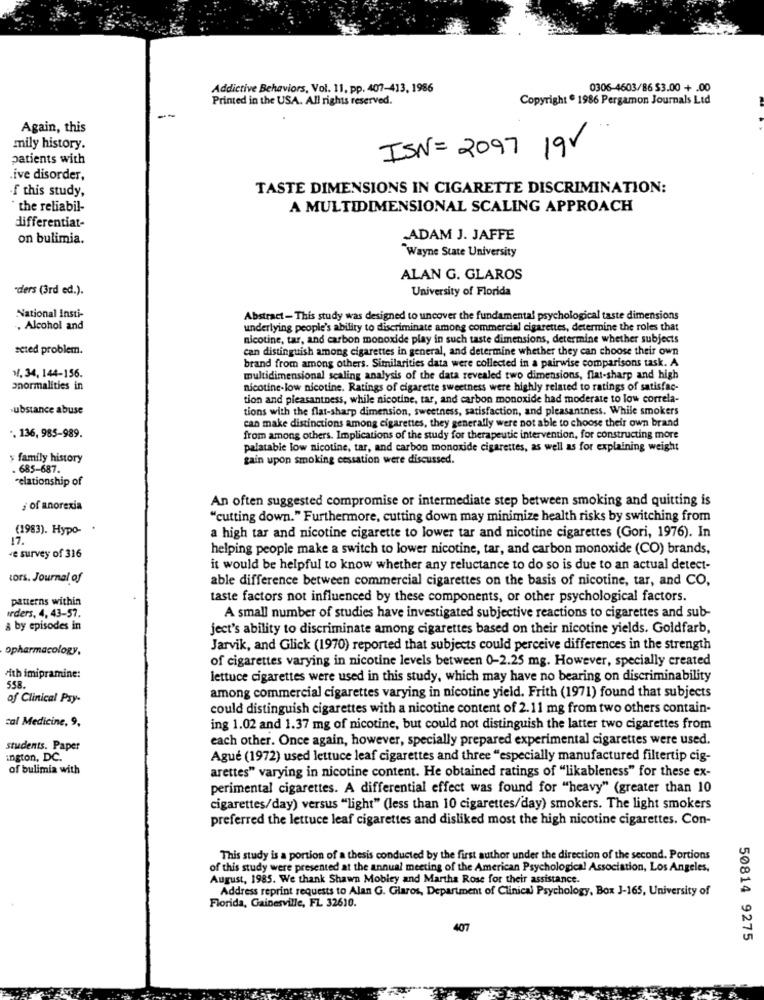
Addictive Behaviors, Vol. 11, pp. 407-413, 1986
0306-4603/86 $3.00 + .00
Printed in the USA. All rights reserved.
Copyright . 1986 Pergamon Journals Ltd
Again, this
mily history.
ISN= 2097 19V
patients with
.ive disorder,
-f this study,
TASTE DIMENSIONS IN CIGARETTE DISCRIMINATION:
the reliabil-
A MULTIDIMENSIONAL SCALING APPROACH
differentiat-
on bulimia.
ADAM J. JAFFE
Wayne State University
ALAN G. GLAROS
"ders (3rd ed.).
University of Florida
National Insti-
Abstract - This study was designed to uncover the fundamental psychological taste dimensions
. Alcohol and
underlying people's ability to discriminate among commercial cigarettes, determine the roles that
nicotine, tar, and carbon monoxide play in such taste dimensions, determine whether subjects
seted problem.
can distinguish among cigarettes in general, and determine whether they can choose their own
brand from among others. Similarities data were collected in a pairwise comparisons task. A
1. 34, 144-156.
multidimensional scaling analysis of the data revealed two dimensions, flat-sharp and high
onormalities in
nicotine-low nicotine. Ratings of cigarette sweetness were highly related to ratings of satisfac-
tion and pleasantness, while nicotine, tar, and carbon monoxide had moderate to low correla-
substance abuse
tions with the flat-sharp dimension, sweetness, satisfaction, and pleasantness. While smokers
can make distinctions among cigarettes, they generally were not able to choose their own brand
·. 136, 985-989.
from among others. Implications of the study for therapeutic intervention, for constructing more
palatable low nicotine, tar, and carbon monoxide cigarettes, as well as for explaining weight
y family history
gain upon smoking cessation were discussed.
. 685-687.
relationship of
An often suggested compromise or intermediate step between smoking and quitting is
¿ of anorexia
"cutting down." Furthermore, cutting down may minimize health risks by switching from
(1983). Hypo-
a high tar and nicotine cigarette to lower tar and nicotine cigarettes (Gori, 1976). In
17.
helping people make a switch to lower nicotine, tar, and carbon monoxide (CO) brands,
e survey of 316
it would be helpful to know whether any reluctance to do so is due to an actual detect-
tors. Journal of
able difference between commercial cigarettes on the basis of nicotine, tar, and CO,
patterns within
taste factors not influenced by these components, or other psychological factors.
Irders, 4, 43-57.
A small number of studies have investigated subjective reactions to cigarettes and sub-
& by episodes in
ject's ability to discriminate among cigarettes based on their nicotine yields. Goldfarb,
opharmacology,
Jarvik, and Glick (1970) reported that subjects could perceive differences in the strength
of cigarettes varying in nicotine levels between 0-2.25 mg. However, specially created
Ath imipramine:
lettuce cigarettes were used in this study, which may have no bearing on discriminability
558.
among commercial cigarettes varying in nicotine yield. Frith (1971) found that subjects
of Clinical Pay-
could distinguish cigarettes with a nicotine content of 2.11 mg from two others contain-
cal Medicine, 9,
ing 1.02 and 1.37 mg of nicotine, but could not distinguish the latter two cigarettes from
each other. Once again, however, specially prepared experimental cigarettes were used.
students. Paper
ington, DC.
Agué (1972) used lettuce leaf cigarettes and three "especially manufactured filtertip cig-
of bulimia with
arettes" varying in nicotine content. He obtained ratings of "likableness" for these ex-
perimental cigarettes. A differential effect was found for "heavy" (greater than 10
cigarettes/day) versus "light" (less than 10 cigarettes/day) smokers. The light smokers
preferred the lettuce leaf cigarettes and disliked most the high nicotine cigarettes. Con-
This study is a portion of a thesis conducted by the first author under the direction of the second. Portions
of this study were presented at the annual meeting of the American Psychological Association, Los Angeles,
August, 1985. We thank Shawn Mobley and Martha Rose for their assistance.
Address reprint requests to Alan G. Glaros, Department of Clinical Psychology, Box J-165, University of
Florida, Gainesville, FL 32610.
407
50814 9275